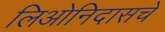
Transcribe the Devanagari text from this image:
लिओनिदासचे